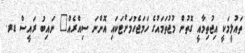
ތައުލީމަކީ އިޖުތިމާއީ ގޮތުން މުޖުތަމައުގެ ހަމަޖެހުމަށްޓަކައި އޮންނަ ސިއްރެއް" ނައިބު ރައީސް ޑރ.